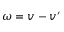
\boldsymbol { \omega } = \boldsymbol { v } - \boldsymbol { v } ^ { \prime }